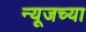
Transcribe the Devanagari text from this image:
न्यूजच्या